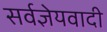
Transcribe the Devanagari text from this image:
सर्वज्ञेयवादी